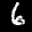
Label: 6